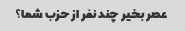
عصر بخیر چند نفر از حزب شما؟